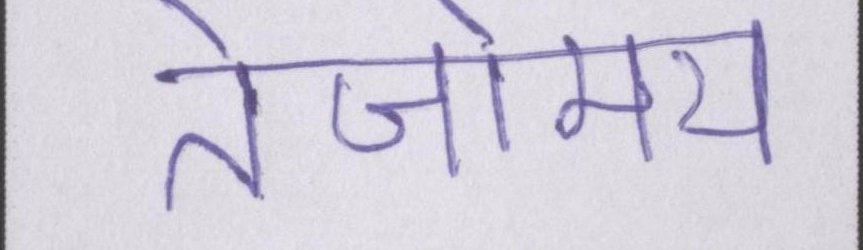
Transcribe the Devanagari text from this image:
तेजोमय